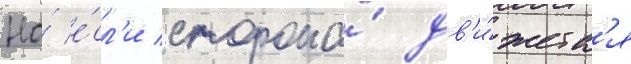
Но́ е́сл'и сторона́ дв'и́жетс'я